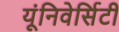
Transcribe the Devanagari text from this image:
यूंनिवेर्सिटी